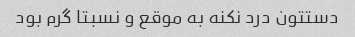
دستتون درد نکنه به موقع و نسبتا گرم بود